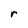
Character: r